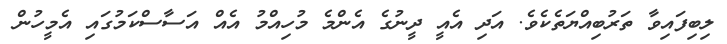
ލިބިފައިވާ ތަރުބިއްޔަތެކެވެ. އަދި އެއީ ދީނުގެ އެންމެ މުހިއްމު އެއް އަސާސްކަމުގައި އެމީހުން